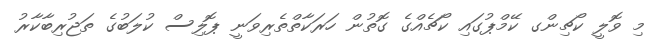
މި ވޮލީ ކޯޗިންގ ކޭމްޕުގައި ކޯޗެއްގެ ގޮތުން ހަރަކާތްތެރިވަނީ ޕޮލިސް ކުލަބުގެ ތަޖުރިބާކާރު